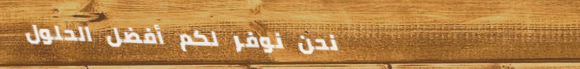
نحن نوفر لكم أفضل الحلول